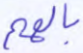
بالهم